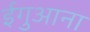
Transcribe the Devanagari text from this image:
ईगुआना